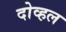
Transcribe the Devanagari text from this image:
दोव्हल